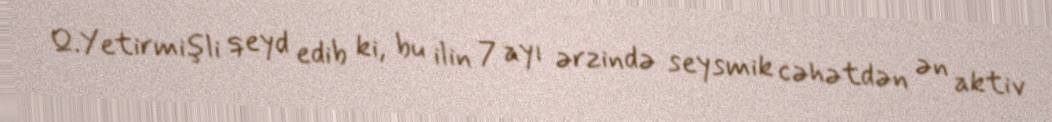
Q.Yetirmişli qeyd edib ki, bu ilin 7 ayı ərzində seysmik cəhətdən ən aktiv